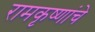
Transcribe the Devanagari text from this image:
रामकृष्णांचे